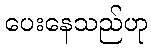
ပေးနေသည်ဟု